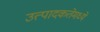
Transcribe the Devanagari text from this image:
उत्पादकतेमध्ये